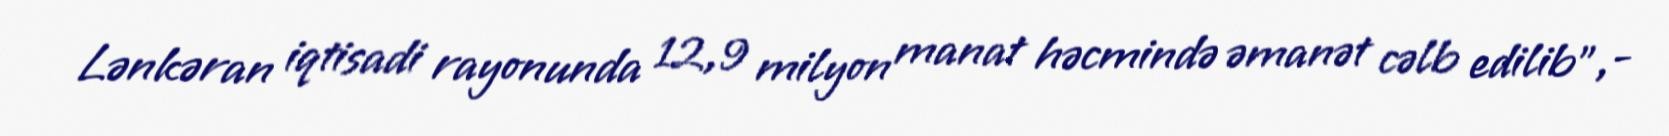
Lənkəran iqtisadi rayonunda 12,9 milyon manat həcmində əmanət cəlb edilib”,-